Sketch of the medical history of the native army of Bombay, for the year
Year: 1875
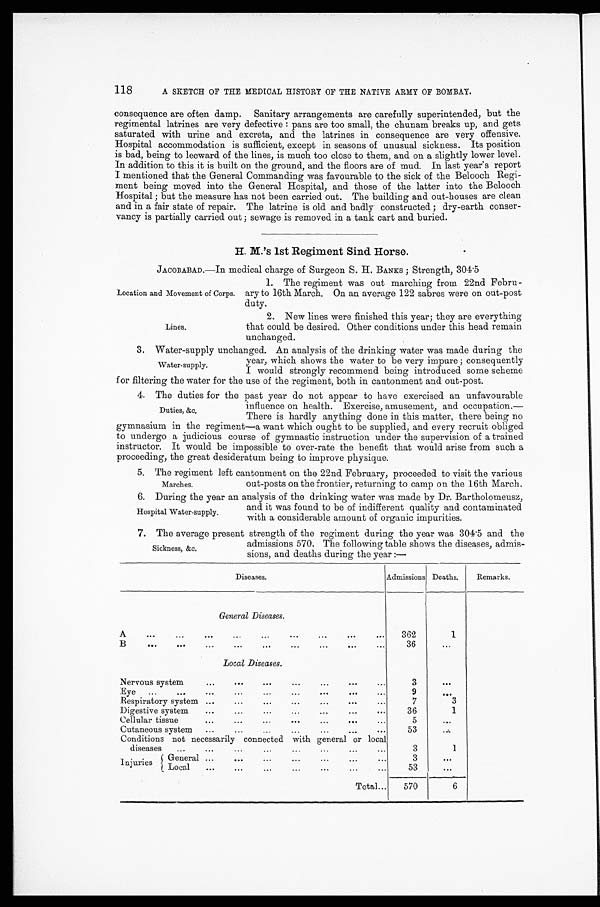
118
A SKETCH OF THE MEDICAL HISTORY OF THE NATIVE ARMY OF BOMBAY.
consequence are often damp. Sanitary arrangements are carefully superintended, but the
regimental latrines are very defective : pans are too small, the chunam breaks up, and gets
saturated with urine and excreta, and the latrines in consequence are very offensive.
Hospital accommodation is sufficient, except in seasons of unusual sickness. Its position
is bad, being to leeward of the lines, is much too close to them, and on a slightly lower level.
In addition to this it is built on the ground, and the floors are of mud. In last year's report
I mentioned that the General Commanding was favourable to the sick of the Belooch Regi-
ment being moved into the General Hospital, and those of the latter into the Belooch
Hospital ; but the measure has not been carried out. The building and out-houses are clean
and in a fair state of repair. The latrine is old and badly constructed ; dry-earth conser-
vancy is partially carried out ; sewage is removed in a tank cart and buried.
H. M.'s 1st Regiment Sind Horse.
JACOBABAD.—In medical charge of Surgeon S. H. BANKS ; Strength, 304.5
Location and Movement of Corps.
Lines.
1. The regiment was out marching from 22nd Febru-
ary to 16th March. On an average 122 sabres were on out-post
duty.
2. New lines were finished this year; they are everything
that could be desired. Other conditions under this head remain
unchanged.
3. Water-supply unchanged. An analysis of the drinking water was made during the
Water- supply.
year, which shows the water to be very impure ; consequently
I would strongly recommend bein g introduced some scheme
for filtering the water for the use of the regiment, both in cantonment and out-post.
4. The duties for the past year do not appear to have exercised an unfavourable
Duties, &c.
influence on health. Exercise, amusement, and occupation.—
There is hardly anything done in this matter. there bein g no
gymnasium in the regiment—a want which ought to be supplied, and every recruit obliged
to undergo a judicious course of gymnastic instruction under the supervision of a trained
instructor. It would be impossible to over-rate the benefit that would arise from such a
proceeding, the great desideratum being to improve physique.
5. The regiment left cantonment on the 22nd February, proceeded to visit the various
Marches,
out-posts on the frontier, returning to camp on the 16th March.
6. During the year an analysis of the drinking water was made by Dr. Bartholomeusz,
Hospital Water- supply.
and it was found to be of indifferent quality and contaminated
with a considerable amount of organic impurities.
7. The average present strength of the regiment during the year was 304.5 and the
Sickness, &c.
admissions 570. The following table shows the diseases, admis-
sions, and deaths during the year :—
Diseases.
Admissions Deaths.
Remarks.
General Diseases.
A
. . .
...
. . .
...
...
...
...
...
...
362
1
B
. . .
. . .
. . .
...
...
. . .
. . .
. . .
. . .
36
. . .
Local Diseases.
Nervous system
. . .
. . .
. . .
. . .
. . .
. . .
. . .
3
. . .
Eye
...
...
...
...
...
...
. . .
. . .
...
9
. . .
Respiratory system ..
...
...
...
...
. . .
...
7
3
Digestive system
...
...
. . .
. . .
...
...
...
36
1
Cellular tissue
...
...
...
. . .
...
...
...
5
...
Cutaneous system
. . .
...
...
. . .
...
...
...
53
. . .
Conditions not necessarily connected with general or local
diseases
...
...
...
...
. . .
...
...
...
3
1
Injuries
General ...
. . .
...
...
...
...
...
3
. . .
Local
...
...
...
. . .
...
. ..
...
53
...
Total...
570
6